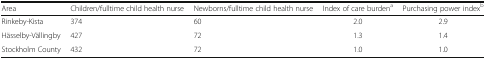
| Area | Children/fulltime child health nurse | Newborns/fulltime child health nurse | Index of care burdena | Purchasing power indexb |
 | --- | --- | --- | --- | --- |
 | Rinkeby-Kista | 374 | 60 | 2.0 | 2.9 |
 | Hässelby-Vällingby | 427 | 72 | 1.3 | 1.4 |
 | Stockholm County | 432 | 72 | 1.0 | 1.0 |